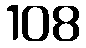
108